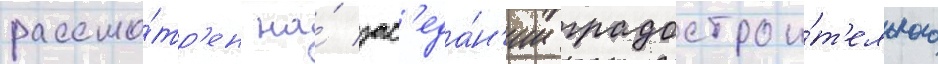
рассмо́тр'ен на́ зас'еда́н'ии градострои́т'ельного